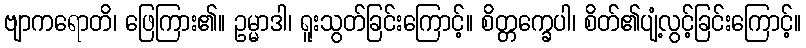
ဗျာကရောတိ၊ ဖြေကြား၏။ ဥမ္မာဒါ၊ ရူးသွတ်ခြင်းကြောင့်။ စိတ္တက္ခေပါ၊ စိတ်၏ပျံ့လွင့်ခြင်းကြောင့်။